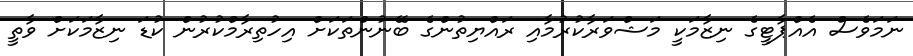
ނަމަވެސް އެއްޕާޓީގެ ނިޒާމަކީ މަޝްވަރާކުރުމާއި ރައްޔިތުންގެ ބޭނުންތަކަށް އިހުތިރާމްކުރުން ކުޑަ ނިޒާމަކަށް ވާތީ